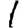
Digit: 1